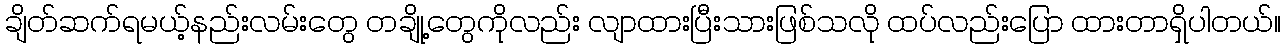
ချိတ်ဆက်ရမယ့်နည်းလမ်းတွေ တချို့တွေကိုလည်း လျာထားပြီးသားဖြစ်သလို ထပ်လည်းပြော ထားတာရှိပါတယ်။